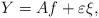
LaTeX: \begin{align*}Y = Af + \varepsilon \xi,\end{align*}